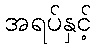
အရပ်နှင့်